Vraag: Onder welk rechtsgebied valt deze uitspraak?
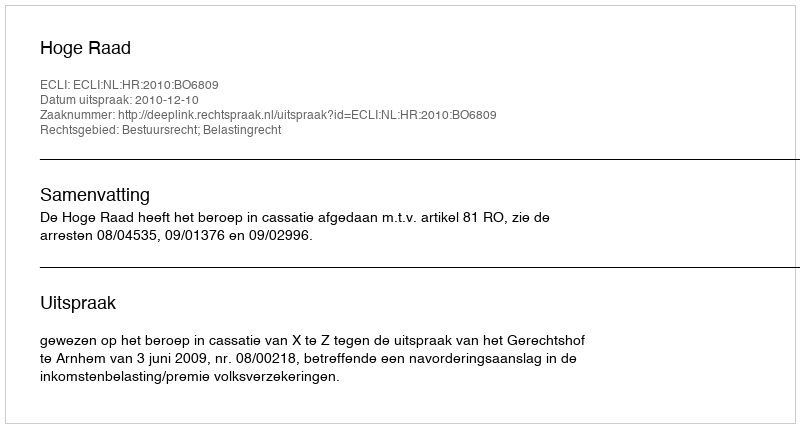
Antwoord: Bestuursrecht; Belastingrecht